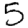
Digit: 5